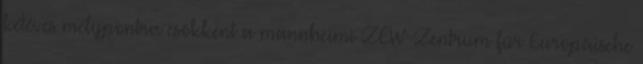
kétéves mélypontra csökkent a mannheimi ZEW Zentrum für Europäische